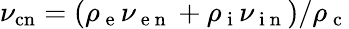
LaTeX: \nu_{\mathrm{cn}}=(\rho_{\mathrm{~e~}}\nu_{\mathrm{~e~n~}}+\rho_{\mathrm{~i~}}\nu_{\mathrm{~i~n~}})/\rho_{\mathrm{~c~}}